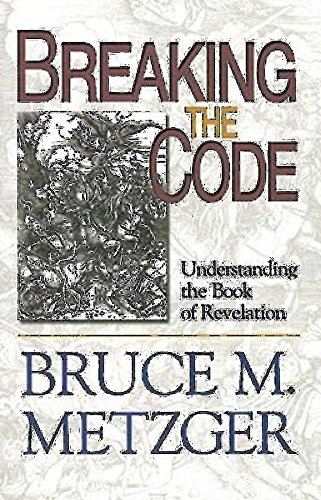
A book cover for Breaking the Code - Participant's Book: Understanding the Book of Revelation; Bruce M. Metzger; Christian Books & Bibles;